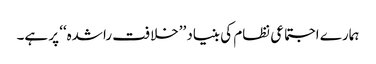
ہمارے اجتماعی نظام کی بنیاد ’’خلافت راشدہ‘‘ پر ہے۔